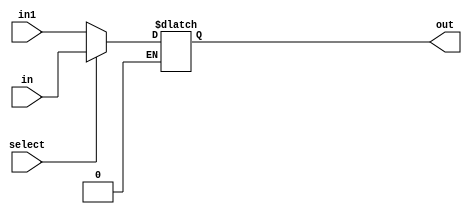
module mux21_l(select,in,in1,out);
input  select;
input  in,in1;
output out;
reg  out;
wire  select;
always@(select or in or in1)
begin
if(select == 0)
out=in1;
if(select == 1)
out=in;
end
endmodule